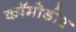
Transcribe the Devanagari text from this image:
कॉमोडोर